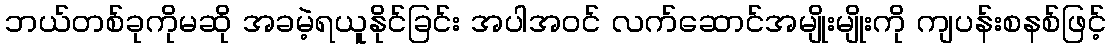
ဘယ်တစ်ခုကိုမဆို အခမဲ့ရယူနိုင်ခြင်း အပါအဝင် လက်ဆောင်အမျိုးမျိုးကို ကျပန်းစနစ်ဖြင့်